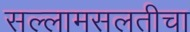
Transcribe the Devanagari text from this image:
सल्लामसलतीचा